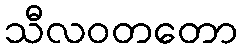
သီလဝတတော